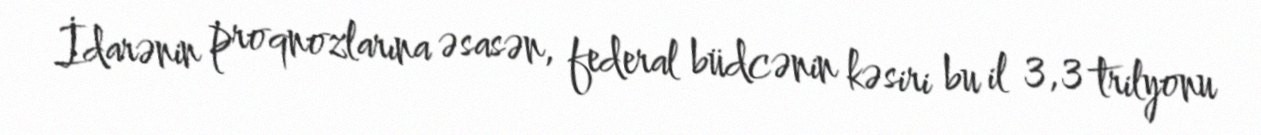
İdarənin proqnozlarına əsasən, federal büdcənin kəsiri bu il 3,3 trilyonu